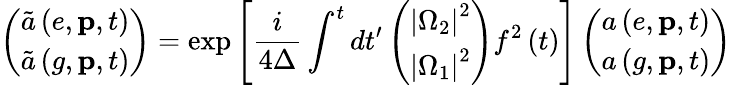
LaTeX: \left(\begin{array}{c}{\tilde{a}\left(e,\mathbf{p},t\right)}\\ {\tilde{a}\left(g,\mathbf{p},t\right)}\end{array}\right)=\exp\left[\frac{i}{4\Delta}\int^{t}dt^{\prime}\left(\begin{array}{c}{\left\vert\Omega_{2}\right\vert^{2}}\\ {\left\vert\Omega_{1}\right\vert^{2}}\end{array}\right)f^{2}\left(t\right)\right]\left(\begin{array}{c}{a\left(e,\mathbf{p},t\right)}\\ {a\left(g,\mathbf{p},t\right)}\end{array}\right)